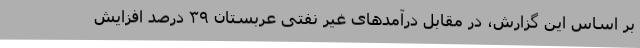
بر اساس این گزارش، در مقابل درآمدهای غیر نفتی عربستان ۳۹ درصد افزایش